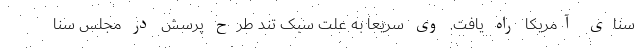
سنای آمریکا راه یافت. وی سریعا به علت سبک تند طرح پرسش در مجلس سنا